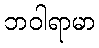
ဘဝါရာမာ